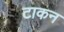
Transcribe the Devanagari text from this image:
टाकन